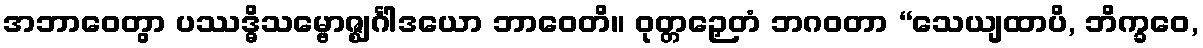
အဘာဝေတွာ ပဿဒ္ဓိသမ္ဗောဇ္ဈင်္ဂါဒယော ဘာဝေတိ။ ဝုတ္တဉှေတံ ဘဂဝတာ “သေယျထာပိ, ဘိက္ခဝေ,